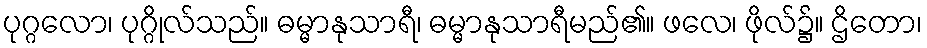
ပုဂ္ဂလော၊ ပုဂ္ဂိုလ်သည်။ ဓမ္မာနုသာရီ၊ ဓမ္မာနုသာရီမည်၏။ ဖလေ၊ ဖိုလ်၌။ ဌိတော၊